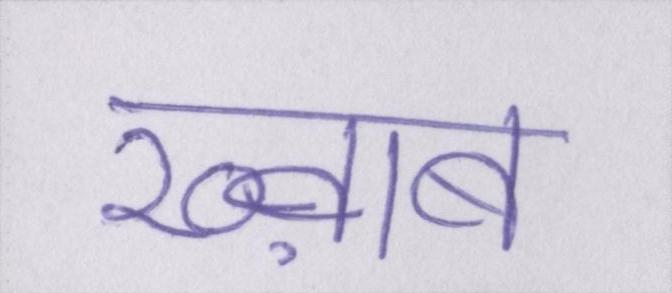
ख्व़ाब